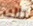
تلك